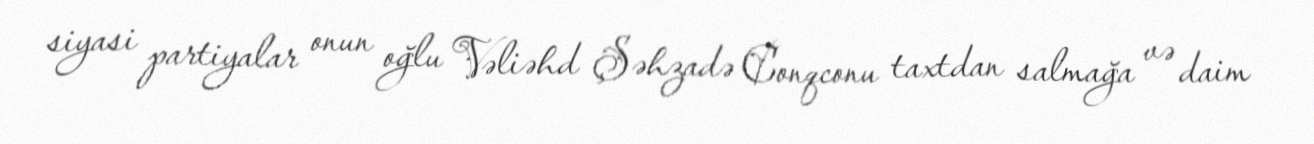
siyasi partiyalar onun oğlu Vəliəhd Şəhzadə Conqconu taxtdan salmağa və daim